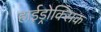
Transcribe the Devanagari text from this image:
हाईड्रोक्सिक